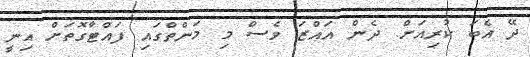
ދޭ އެބަ ކުރިއަށް. ދެން އައްޒަ ވެސް މި މަންތްގައި ފައްޓާގޮތަށް އިނީ